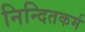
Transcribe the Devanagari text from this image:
निन्दितकर्म